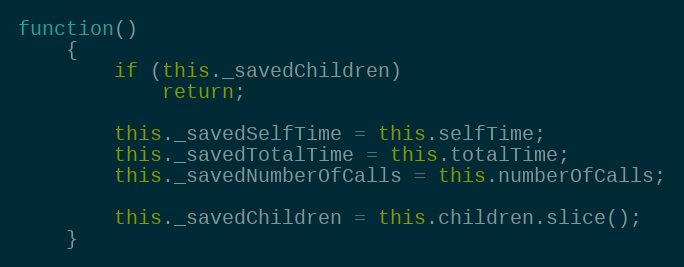
Language: JavaScript
function()
    {
        if (this._savedChildren)
            return;

        this._savedSelfTime = this.selfTime;
        this._savedTotalTime = this.totalTime;
        this._savedNumberOfCalls = this.numberOfCalls;

        this._savedChildren = this.children.slice();
    }